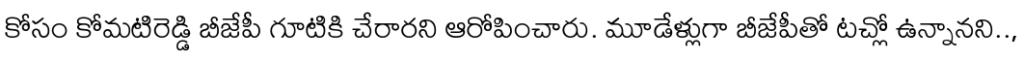
కోసం కోమటిరెడ్డి బీజేపీ గూటికి చేరారని ఆరోపించారు. మూడేళ్లుగా బీజేపీతో టచ్లో ఉన్నానని..,